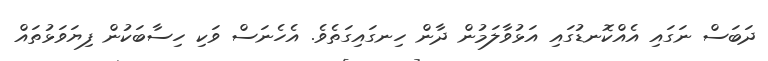
ދަބަސް ނަގައި އެއްކޮނޑުގައި އަޅުވާލަމުން ދާން ހިނގައިގަތެވެ. އެހެނަސް ވަކި ހިސާބަކުން ފިޔަވަޅުތައް